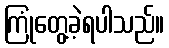
ကြုံတွေ့ခဲ့ရပါသည်။